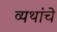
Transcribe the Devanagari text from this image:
व्यथांचे